Lunatic asylums Madras 1892-1911 - 1892-1911
Year: 1892
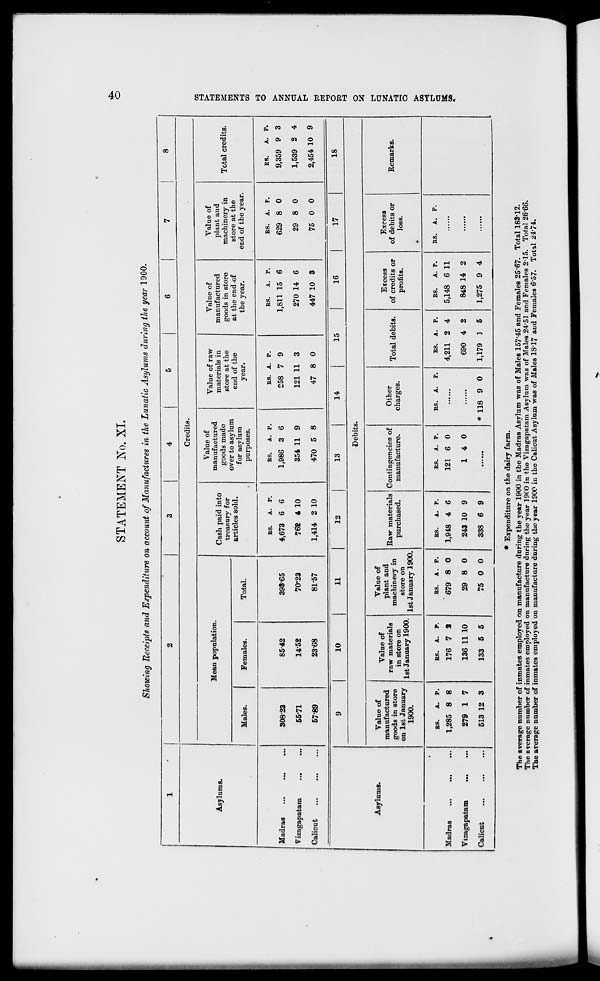
STATEMENT No. XL
o
Asylums.
Madras
Vizagapatam
Calicut
Showing Receipts and Expenditure on account of Manufactures in the Lunatic Asylums during the year 1900.
Credits.
Mean population.
Males.
Females.
Total.
30823
5571
5789
85-42
1452
23-68
393-65
70-23
81-57
Cash paid into
treasury for
articles sold.
Value of
manufactured
goods made
over to asylum
for asylum
purposes.
Value of raw
materials in
store at the
end of the
year.
Value of
manufactured
goods in store
at the end -of
the year.
Value of
plant and
machinery in
store at the
end of the year.
ES.
A. p.
4,673 6 6
762 4 10
1,414 2 10
RS.
A. P.
1,986 3 6
354 11 9
470 5 8
RS. A. P.
258 7 9
121 11 3
47 8 0
RS.
A. P.
1,811 15 6
270 14 6
447 10 3
RS. A. P.
629 8 0
29 8 0
75 0 0
Total credits.
RS.
A. P.
9,359 9 3
1,539 2 4
2,454 10 9
CO
>
&
t-3.
CQ
►3
O
►
25
C
►
S>
o
H3
O
a
•-3
m
r*
a
B.
CO
Aflylams.
10
11
12
13
14
15
16
17
Debits.
Value of
manuf act ured
goods in store
on 1st January
1900.
Value of
raw materials
in store on
1st January 1900.
Value of
plant and
machinery in
store on
1st January 1900.
Raw materials
purchased.
Contingencies of
manufacture.
Other
charges.
Total debits.
Excess
of credits or
profits.
Excess
of debits or
loss.
18
Remarks.
Madras
Vizagapatani
Calient
RS.
A. p.
1,285 8 8
279 1 7
513 12 3
RS. A. P.
176 7 S
136 11 10
133 5 5
RS. A. P.
679 8 0
29 8 0
75 0 0
RS.
A. P.
1,948 4 6
243 10 9
338 6 9
RS. A. P.
121 6 0
14 0
RS.
* 118 9 0
RS. A. P.
4,211 2 4
690 4 2
1,179 1 5
RS.
A. P.
5,148 6 11
848 14 2
1,275 9 4
RS.
* Expenditure on the dairy farm.
The average number of inmates employed on manufacture during the year 1900 in the Madras Asylum was of Males 157 - 45 and Females 25 - 67- Total 188 - 12.
The average number of inmates employed on manufacture during the year 1900 in the Vizagapatam Asylum was of Males 24*51 and Females 2*15. Total 26*66.
The average number of inmates employed on manufacture during the year 1900 in the Calicut Asylum was of Males 18*17 and Females 6*57. Total 24*74.